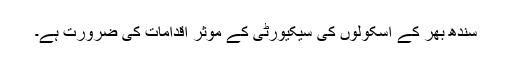
سندھ بھر کے اسکولوں کی سیکیورٹی کے موثر اقدامات کی ضرورت ہے۔